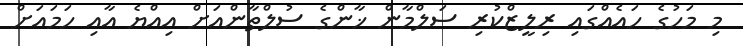
މި މަހުގެ ހައެއްގައި ރިލީޒްކުރި ސަލްމާން ޚާންގެ ސުލްތާންއަށް އިއްޔެ އާއި ހަމައަށް